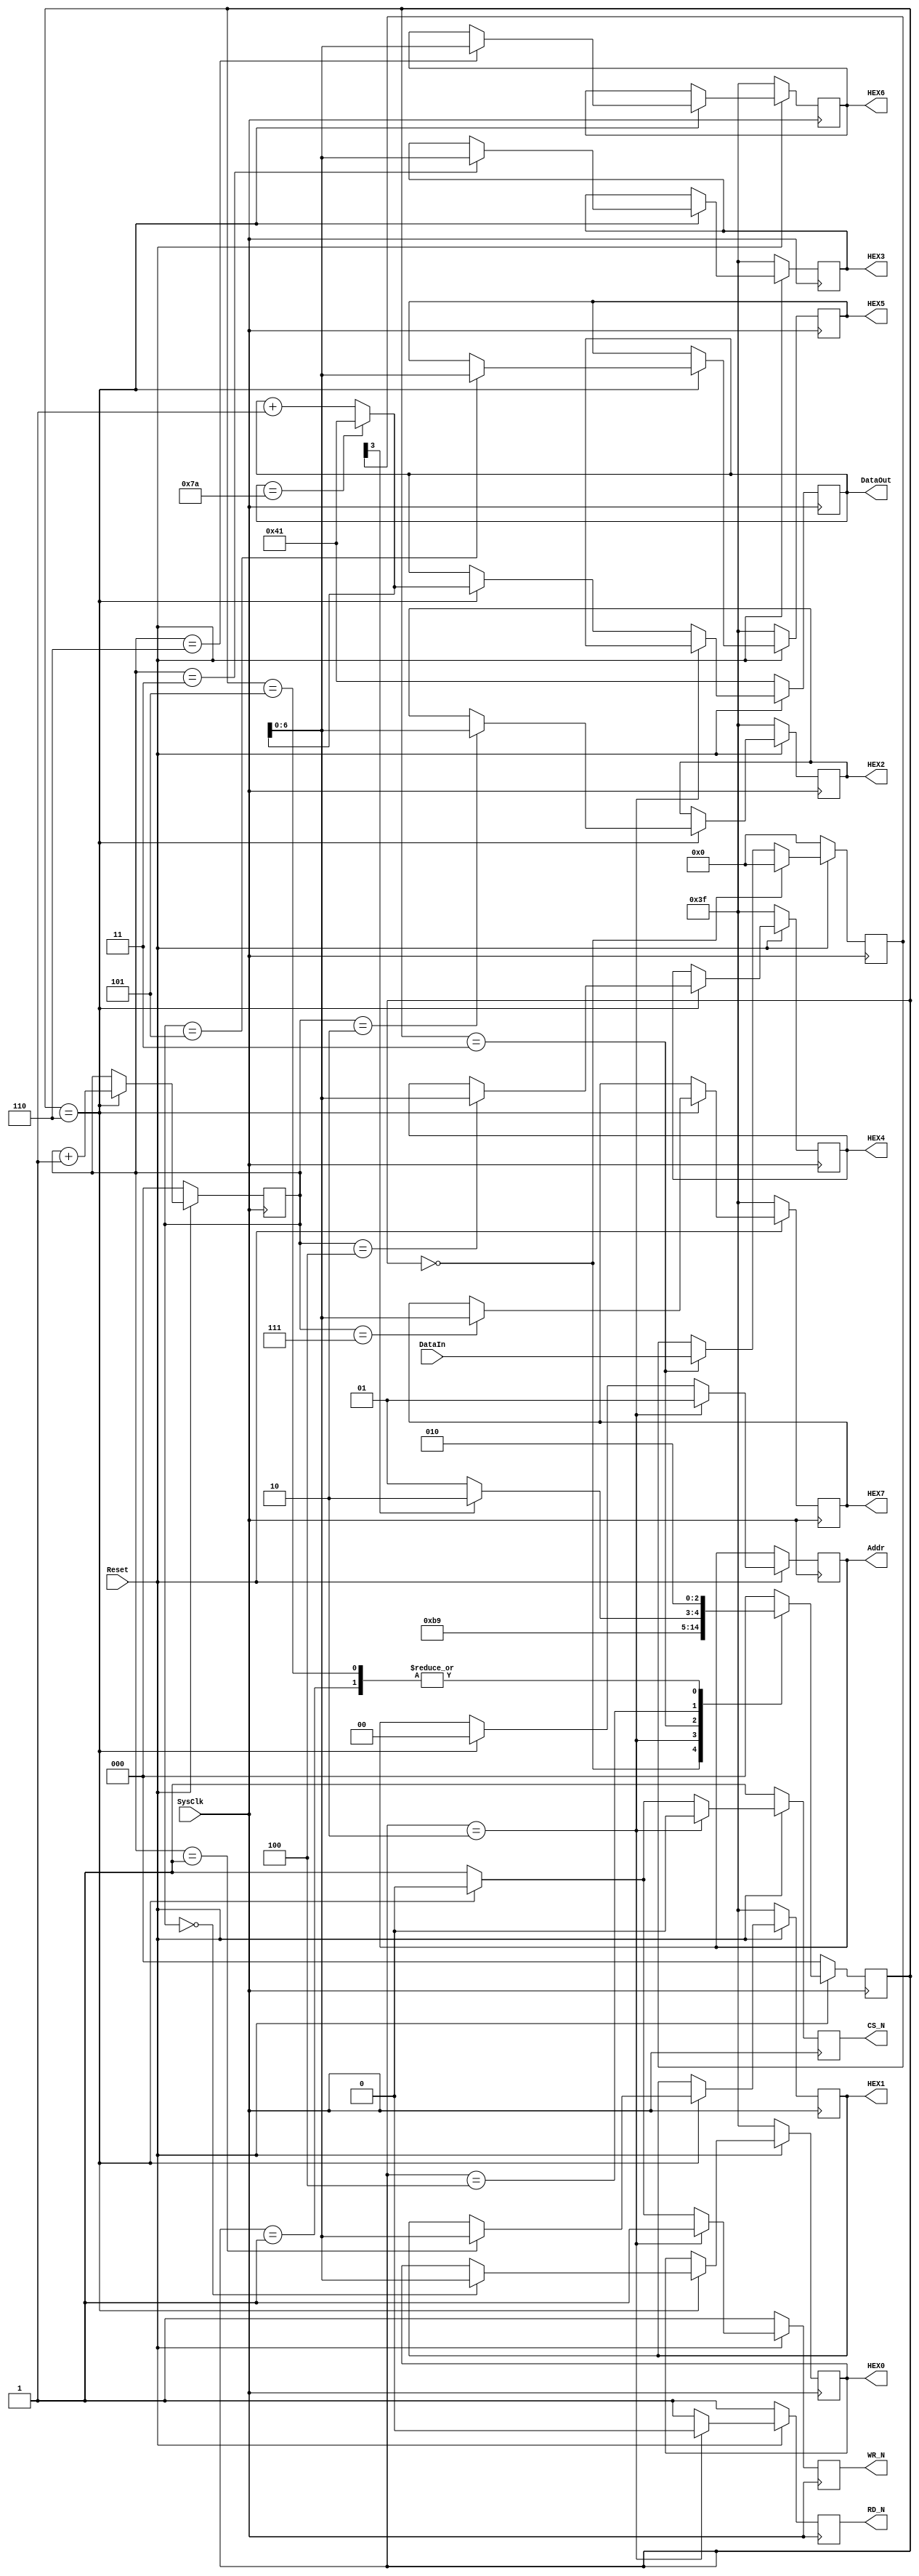

module TxData (
		  input SysClk,
		  input Reset,

		  output reg [6:0] HEX7,  // 
		  output reg [6:0] HEX6,  // 
		  output reg [6:0] HEX5,  //
		  output reg [6:0] HEX4,  //
		  output reg [6:0] HEX3,  //
		  output reg [6:0] HEX2,  //
		  output reg [6:0] HEX1,  //
		  output reg [6:0] HEX0,  //

		  output reg [1:0] Addr,
		  output reg [7:0] DataOut,
		  input      [7:0] DataIn,
		  output reg       CS_N,
		  output reg       RD_N,
		  output reg       WR_N);

			reg [2:0] c_state;
			reg [2:0] n_state;

			reg [7:0] CSRegIn;
			reg [7:0] tmpDataOut;

			parameter  S0 =  3'b000;
			parameter  S1 =  3'b001;
			parameter  S2 =  3'b010;
			parameter  S3 =  3'b011;
			parameter  S4 =  3'b100;
			parameter  S5 =  3'b101;
			parameter  S6 =  3'b110;
			parameter  S7 =  3'b111;

			parameter  LED_None =  7'b0111111;  // Display "-"

			reg  [2:0] counter;

			always@ (posedge SysClk) // output logic
			begin
				if(~Reset) 
				begin
				 	counter <= 3'b000;
				 	HEX0 <= LED_None;
				 	HEX1 <= LED_None;
				 	HEX2 <= LED_None;
				 	HEX3 <= LED_None;
				 	HEX4 <= LED_None;
				 	HEX5 <= LED_None;
				 	HEX6 <= LED_None;
				 	HEX7 <= LED_None;
				end
				else
				begin
				   if (c_state == S6)  // 
					begin
                  case (counter)
					   3'b000: HEX0 <= tmpDataOut[6:0];
					   3'b001: HEX1 <= tmpDataOut[6:0];
					   3'b010: HEX2 <= tmpDataOut[6:0];
					   3'b011: HEX3 <= tmpDataOut[6:0];
					   3'b100: HEX4 <= tmpDataOut[6:0];
					   3'b101: HEX5 <= tmpDataOut[6:0];
					   3'b110: HEX6 <= tmpDataOut[6:0];
					   3'b111: HEX7 <= tmpDataOut[6:0];
			 			endcase
						counter <= counter + 3'b001;
				   end
				end
			end


			always@ (posedge SysClk) // output logic
			begin
				if(~Reset) 
				 	CSRegIn <= 8'h00;
				else
				begin
					if      (c_state == S0) CSRegIn <= 8'h0;
				   else if (c_state == S3) CSRegIn <= DataIn;
				end
			end

			always@ (*) 
			begin
				 if (DataOut == 8'h7A)  tmpDataOut <= 8'h41;
				 else                   tmpDataOut <= DataOut + 8'h01;
			end

			always@ (posedge SysClk) // output logic
			begin
			if (~Reset)    
			begin
				   CS_N    <= 1'b1;
				   RD_N    <= 1'b1;
				   WR_N    <= 1'b1;
					DataOut <= 8'h41;
			end
		   else
			begin
				if (c_state == S2) // Read status register to check if Tx buffer is empty 
			 	begin
				   CS_N <= 1'b0;
				   RD_N <= 1'b0;
				   WR_N <= 1'b1;
				   Addr <= 2'b01;
				end
				else if (c_state == S6) // Transmit "tmpDataOut" to TxD
			 	begin
				   CS_N <= 1'b0;
				   RD_N <= 1'b1;
				   WR_N <= 1'b0;
				   Addr <= 2'b00;
				   DataOut <= tmpDataOut;
				end
				else
			 	begin
				   CS_N <= 1'b1;
				   RD_N <= 1'b1;
				   WR_N <= 1'b1;
				end
			end
			end

			always@ (posedge SysClk) // synchronous resettable flop-flops
			begin
				if(~Reset) c_state <= S0;
				else       c_state <= n_state;
			end
			
			always@(*) // Next state logic
			begin
			case(c_state)
			S0 :  n_state <= S1;
			S1 :  n_state <= S2;
			S2 :  n_state <= S3;
			S3 :  n_state <= S4;
			S4 :  if (CSRegIn[3])  n_state <= S6; //UnderRun (Tx Buffer & Tx Reg Empty)
			      else             n_state <= S5;
			S5 :  n_state <= S2;
			S6 :  n_state <= S0;
			default:  n_state <= S0;
			endcase
         end

endmodule